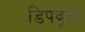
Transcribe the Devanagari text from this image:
डिपवृत्तों